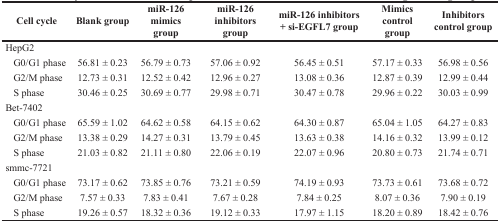
<table><thead><tr><td><b>Cell cycle</b></td><td><b>Blank group</b></td><td><b>miR-126 mimics group</b></td><td><b>miR-126 inhibitors group</b></td><td><b>miR-126 inhibitors + si-EGFL7 group</b></td><td><b>Mimics control group</b></td><td><b>Inhibitors control group</b></td></tr></thead><tbody><tr><td>HepG2</td><td></td><td></td><td></td><td></td><td></td><td></td></tr><tr><td> G0/G1 phase</td><td>56.81 ± 0.23</td><td>56.79 ± 0.73</td><td>57.06 ± 0.92</td><td>56.45 ± 0.51</td><td>57.17 ± 0.33</td><td>56.98 ± 0.56</td></tr><tr><td> G2/M phase</td><td>12.73 ± 0.31</td><td>12.52 ± 0.42</td><td>12.96 ± 0.27</td><td>13.08 ± 0.36</td><td>12.87 ± 0.39</td><td>12.99 ± 0.44</td></tr><tr><td> S phase</td><td>30.46 ± 0.25</td><td>30.69 ± 0.77</td><td>29.98 ± 0.71</td><td>30.47 ± 0.78</td><td>29.96 ± 0.22</td><td>30.03 ± 0.99</td></tr><tr><td>Bet-7402</td><td></td><td></td><td></td><td></td><td></td><td></td></tr><tr><td> G0/G1 phase</td><td>65.59 ± 1.02</td><td>64.62 ± 0.58</td><td>64.15 ± 0.62</td><td>64.30 ± 0.87</td><td>65.04 ± 1.05</td><td>64.27 ± 0.83</td></tr><tr><td> G2/M phase</td><td>13.38 ± 0.29</td><td>14.27 ± 0.31</td><td>13.79 ± 0.45</td><td>13.63 ± 0.38</td><td>14.16 ± 0.32</td><td>13.99 ± 0.12</td></tr><tr><td> S phase</td><td>21.03 ± 0.82</td><td>21.11 ± 0.80</td><td>22.06 ± 0.19</td><td>22.07 ± 0.96</td><td>20.80 ± 0.73</td><td>21.74 ± 0.71</td></tr><tr><td>smmc-7721</td><td></td><td></td><td></td><td></td><td></td><td></td></tr><tr><td> G0/G1 phase</td><td>73.17 ± 0.62</td><td>73.85 ± 0.76</td><td>73.21 ± 0.59</td><td>74.19 ± 0.93</td><td>73.73 ± 0.61</td><td>73.68 ± 0.72</td></tr><tr><td> G2/M phase</td><td>7.57 ± 0.33</td><td>7.83 ± 0.41</td><td>7.67 ± 0.28</td><td>7.84 ± 0.25</td><td>8.07 ± 0.36</td><td>7.90 ± 0.19</td></tr><tr><td> S phase</td><td>19.26 ± 0.57</td><td>18.32 ± 0.36</td><td>19.12 ± 0.33</td><td>17.97 ± 1.15</td><td>18.20 ± 0.89</td><td>18.42 ± 0.76</td></tr></tbody></table>